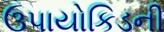
ઉપાયોકિડની